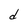
Character: d